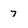
Character: 7